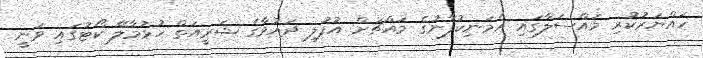
ހައްޔަރުކުރި މައްސަލާގައި އެމަނިކުފާނުގެ މައްޗަށް އުފުލި ދައުވާގެ ޝަރީއަތް ހުޅުމާލޭ ކޯޓުގައި ވަނީ